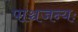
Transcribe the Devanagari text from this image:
पाञ्चजन्यः